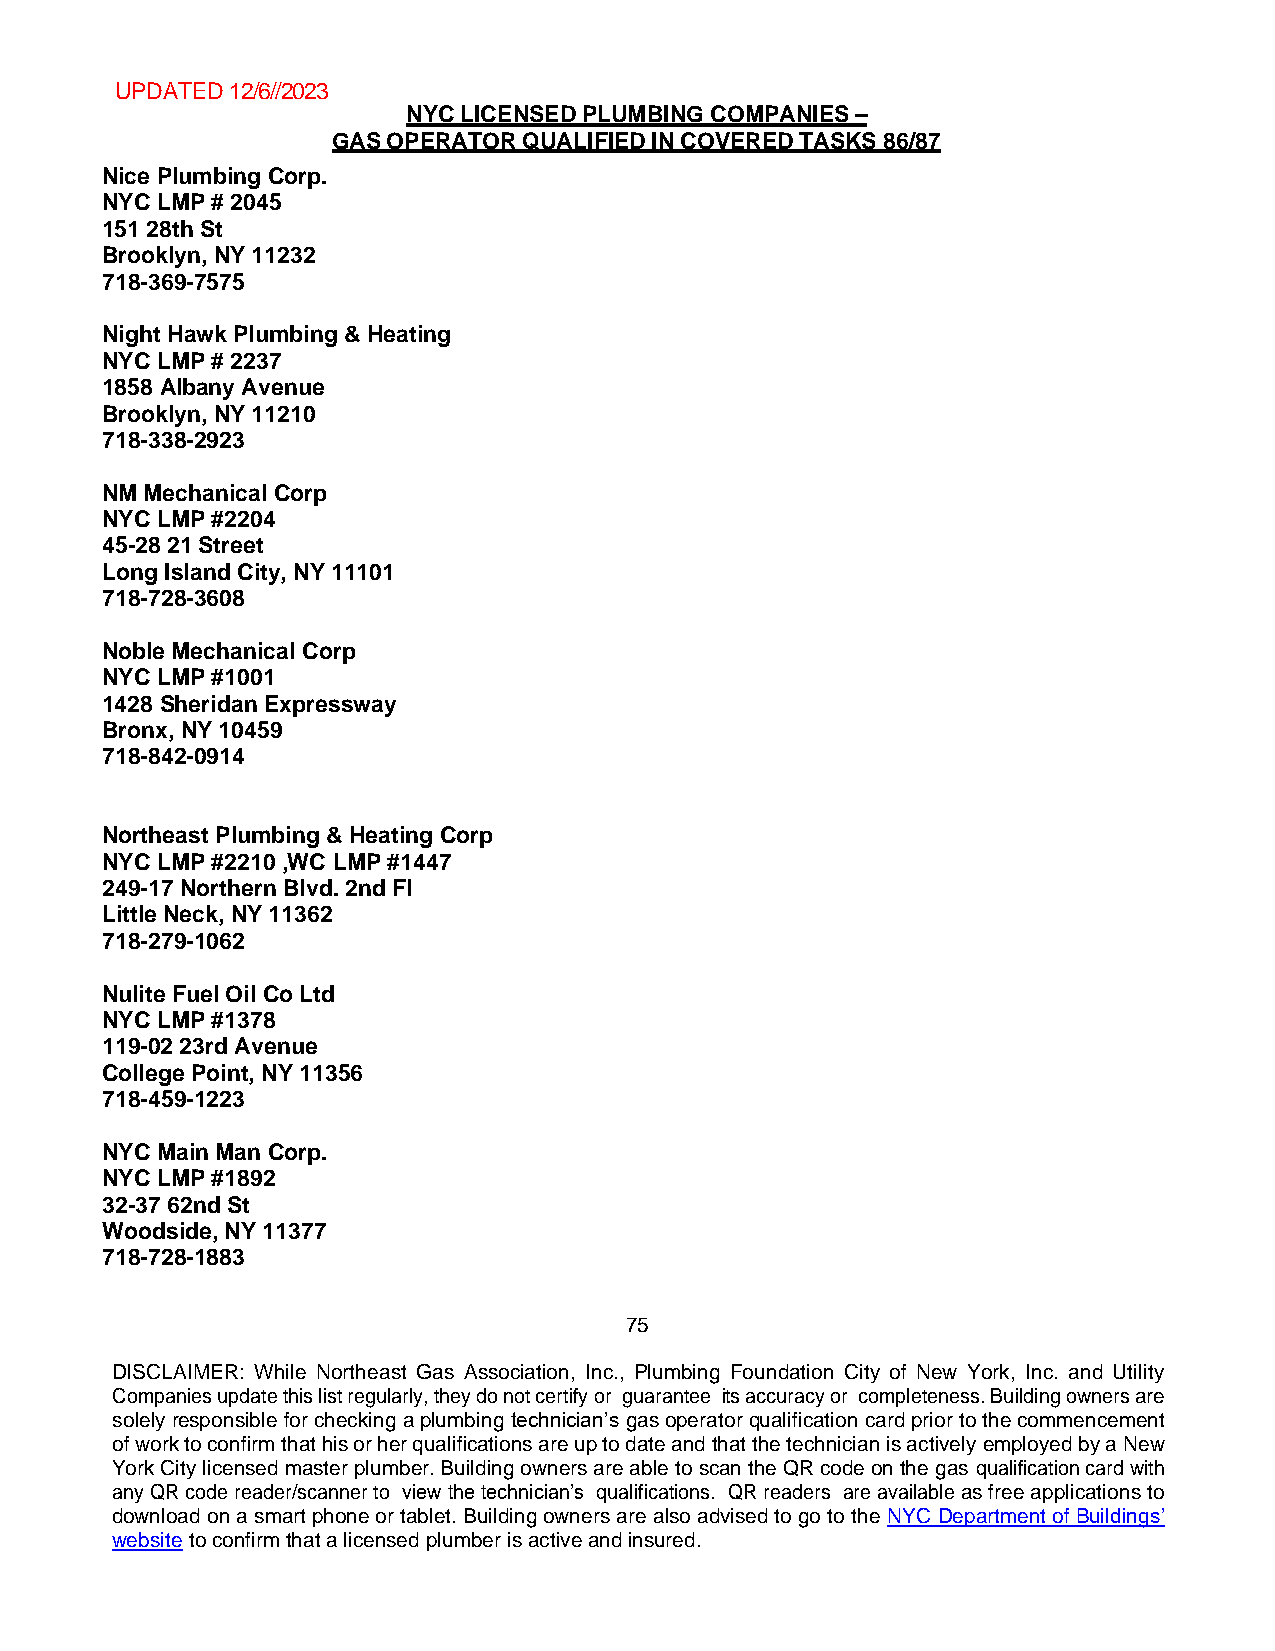
UPDATED 12/6//2023
 NYC LICENSED PLUMBING COMPANIES –
 GAS OPERATOR QUALIFIED IN COVERED TASKS 86/87
 Nice Plumbing Corp.
 NYC LMP # 2045
 151 28th St
 Brooklyn, NY 11232
 718-369-7575
 Night Hawk Plumbing & Heating
 NYC LMP # 2237
 1858 Albany Avenue
 Brooklyn, NY 11210
 718-338-2923
 NM Mechanical Corp
 NYC LMP #2204
 45-28 21 Street
 Long Island City, NY 11101
 718-728-3608
 Noble Mechanical Corp
 NYC LMP #1001
 1428 Sheridan Expressway
 Bronx, NY 10459
 718-842-0914
 Northeast Plumbing & Heating Corp
 NYC LMP #2210 ,WC LMP #1447
 249-17 Northern Blvd. 2nd Fl
 Little Neck, NY 11362
 718-279-1062
 Nulite Fuel Oil Co Ltd
 NYC LMP #1378
 119-02 23rd Avenue
 College Point, NY 11356
 718-459-1223
 NYC Main Man Corp.
 NYC LMP #1892
 32-37 62nd St
 Woodside, NY 11377
 718-728-1883
 75
 DISCLAIMER: While Northeast Gas Association, Inc., Plumbing Foundation City of New York, Inc. and Utility
 Companies update this list regularly, they do not certify or guarantee its accuracy or completeness. Building owners are
 solely responsible for checking a plumbing technician’s gas operator qualification card prior to the commencement
 of work to confirm that his or her qualifications are up to date and that the technician is actively employed by a New
 York City licensed master plumber. Building owners are able to scan the QR code on the gas qualification card with
 any QR code reader/scanner to view the technician’s qualifications. QR readers are available as free applications to
 download on a smart phone or tablet. Building owners are also advised to go to the NYC Department of Buildings’
 website to confirm that a licensed plumber is active and insured.